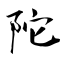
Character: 陀